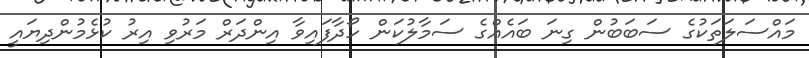
މައްސަލަތަކުގެ ސަބަބުން ގިނަ ބައެއްގެ ސަމާލުކަން ހޯދާފައިވާ އިންދަރް މަރުވި އިރު ކުޅެމުންދިޔައީ